Vital statistics of India. Vol. IV, Annual returns from 1871 to 1876. British Army of India, Native Army and jails of Bengal
Year: 1871
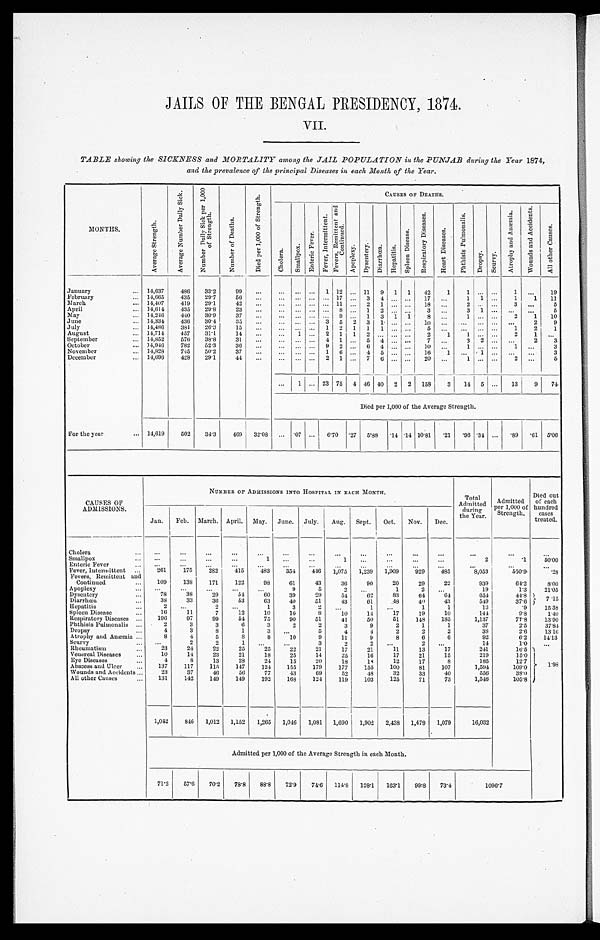
JAILS OF THE BENGAL PRESIDENCY , 1874.
VII.
TABLE showing the SICKNESS and MORTALITY among the JAIL POPULATION in the PUNJAB during the Year 1874,
and the prevalence of the principal Diseases in each Month of the Year.
MONTHS.
A v e r a g e S t r e n g t h .
A v e r a g e N u m b e r D a i l y S i c k . N u m b e r D a i l y S i c k p e r 1 , 0 0 0 o f S t r e n g t h .
N u m b e r o f D e a t h s .
D i e d p e r 1 , 0 0 0 o f S t r e n g t h .
C A U S E S O F D E A T H S .
C h o l e r a .
S m a l l p o x .
E n t e r i c F e v e r .
F e v e r , I n t e r m i t t e n t .
F e v e r s , R e m i t t e n t a n d
C o n t i n u e d .
A p o p l e x y . D y s e n t e r y . D i a r r h œ a . H e p a t i t i s .
S p l e e n D i s e a s e .
R e s p i r a t o r y D i s e a s e s .
H e a r t D i s e a s e s .
P h t h i s i s P u l m o n a l i s .
D r o p s y . S c u r v y .
A t r o p h y a n d A n æ m i a .
W o u n d s a n d A c c i d e n t s .
A l l o t h e r C a u s e s .
January
14, 637 486 33.2 99
1 12 11 9 1 1 42 1 1
1
19
February
14, 665 435 29.7 56
17
3 4
17
1 1
1 1 11
March
14, 407 419 29.1 42
1 1
2 1
1 8
2
3
5
April
14, 614 435 29.8 23
8
1 2
3
3 1
5
May
14,246 440 30.9 37
9
1 3 1 1 8
1
2 1 10
June
14, 334 436
3 0 . 4 35
3 5 2 3 1
10
2 9
Jul y
14, 486 381 26.3 15
1 2 1 1 1
5
1 2 1
August
14,714 457 31. 1 14
1
2 1 1 2
2 1 1
2 1
September
14, 852 576 38.8 31
4 1
5 4
7
3 2
2 3
October
1 4 , 9 4 6 782 52.3 36
9 2
6 4
10
1
1
3
November
14,828 745 50.2 37
1 6
4 5
16 1
1
3
December
14,696 428 29.1 44
2 1
7 6
20
1
2
5
1 23 75 4 46 40 2 2 158 3 14 5
13 9 74
Died per 1,000 of the Average Strength.
F o r t h e y e a r 14, 619 502 34.3 469 32.08 .07
6. 70 .27 5. 88 .14 .14 10.81 . 21 .96 .34
.89 .61 5.06
CAUSES OF
ADMISSIONS.
NUMBER OF ADMISSIONS INTO HOSPITAL IN EACH MONTH.
Total
Admitted during
the Year.
Admitted
per 1,000 of
Strength.
Died out
of each
hundred cases
treated.
Jan. Feb. March. April. May. June. Jul y. Aug. Sept. Oct. Nov. Dec.
Cholera
Smal l pox
1
1
2
.1 5 0 . 0 0
Enteri c Fever
Fever, Intermi ttent
261 175 282 415 483 354 446 1, 075 1, 239 1, 909 929 485
8, 053
550.9 . 2 8
Fevers, Remittent and
Conti nued
109 138 171 122 98 61 43 36 90 20 29 22
939
64.2 8 . 0 0
Apopl exy
9 5 2
1 2
19
1.3 2 1 . 0 5
Dysentery
78 38 29 54 60 39 29 54 62 83 64 64
654
44.8 7.15
Diarrhœa 38 33 36 53 63 40 51 43 61 48 40 43
549
37.6
Hepati ti s
2
2
1 3 2
1
1 1
13
.9 1 5 . 3 8
Spl een Di sease
16 11 7 12 10 10 8 10 14 17 19 10
144
9.8 1 . 4 0
Respi ratory Di seases
196 97 99 54 75 90 51 41 50 51 148 185
1, 137
77.8 1 3 . 9 0
P h t h i s i s P u l m o n a l i s 2 3 3 6 3 2 2 3 9 2 1 1
37
2.5 3 7 . 8 4
Dropsy
4 3
8 1
3
5 4 4 2 2 2
38
2.6 1 3 . 1 6
Atrophy and Anæmia 8 4 5
8 8 10 9 11 9 8 6 6
92
6.2 1 4 . 1 3
Scurvy
2 2 1
3 2
2
2
14
1.0
Rheumati sm
23 24 22 25 25
2 2 21 17 21 11 13 17
2 4 1 16.5
1. 9
8
Venereal Di seases
10 14 23 21 18 25 14 25 16 17 21 15
219
15.0
Eye Di seases
4 8 13 28 24 15 20 18 18 12 17 8
185
12.7
Abscess and Ul cer
137 117 115 147 124 155 179 177 155 100 81 107
1, 594
109.0
Wounds and Acci dents
23 37 46 56 77 43 69 52 48 32 33 40
556
38.0
Al l other Causes
131 142 149 149 192 168 124 119 103 125 71 73
1, 546
105.8
1,042 846 1, 012 1, 152 1, 265 1, 046 1, 081 1,690 1, 902 2, 438 1, 479 1, 079 16, 032
Admitted per 1,000 of the Average Strength in each Month.
71.2 57. 6 70. 2 78.8 88. 8 72.9 74. 6 114. 8 128. 1 163. 1 99.8 73.4
1 0 9 6 . 7